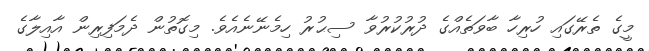
މީގެ ތެރޭގައި ހުރިހާ ބާވަތެއްގެ ދުރުކުރުވާ ސިޙުރު ހިމެނޭނެއެވެ. މިގޮތުން ދެމަފިރިން އާއިލާގެ